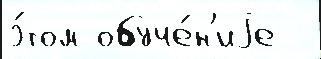
э́том обуче́н'иjе